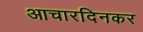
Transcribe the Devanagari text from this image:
आचारदिनकर